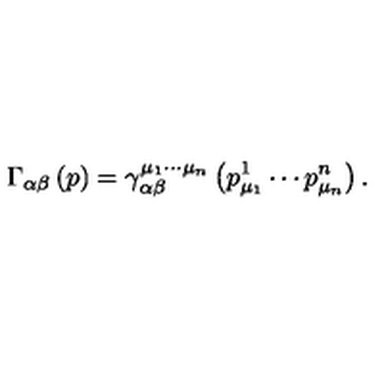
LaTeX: \Gamma _ { \alpha \beta } \left( p \right) = \gamma _ { \alpha \beta } ^ { \mu _ { 1 } \cdots \mu _ { n } } \left( p _ { \mu _ { 1 } } ^ { 1 } \cdots p _ { \mu _ { n } } ^ { n } \right) .